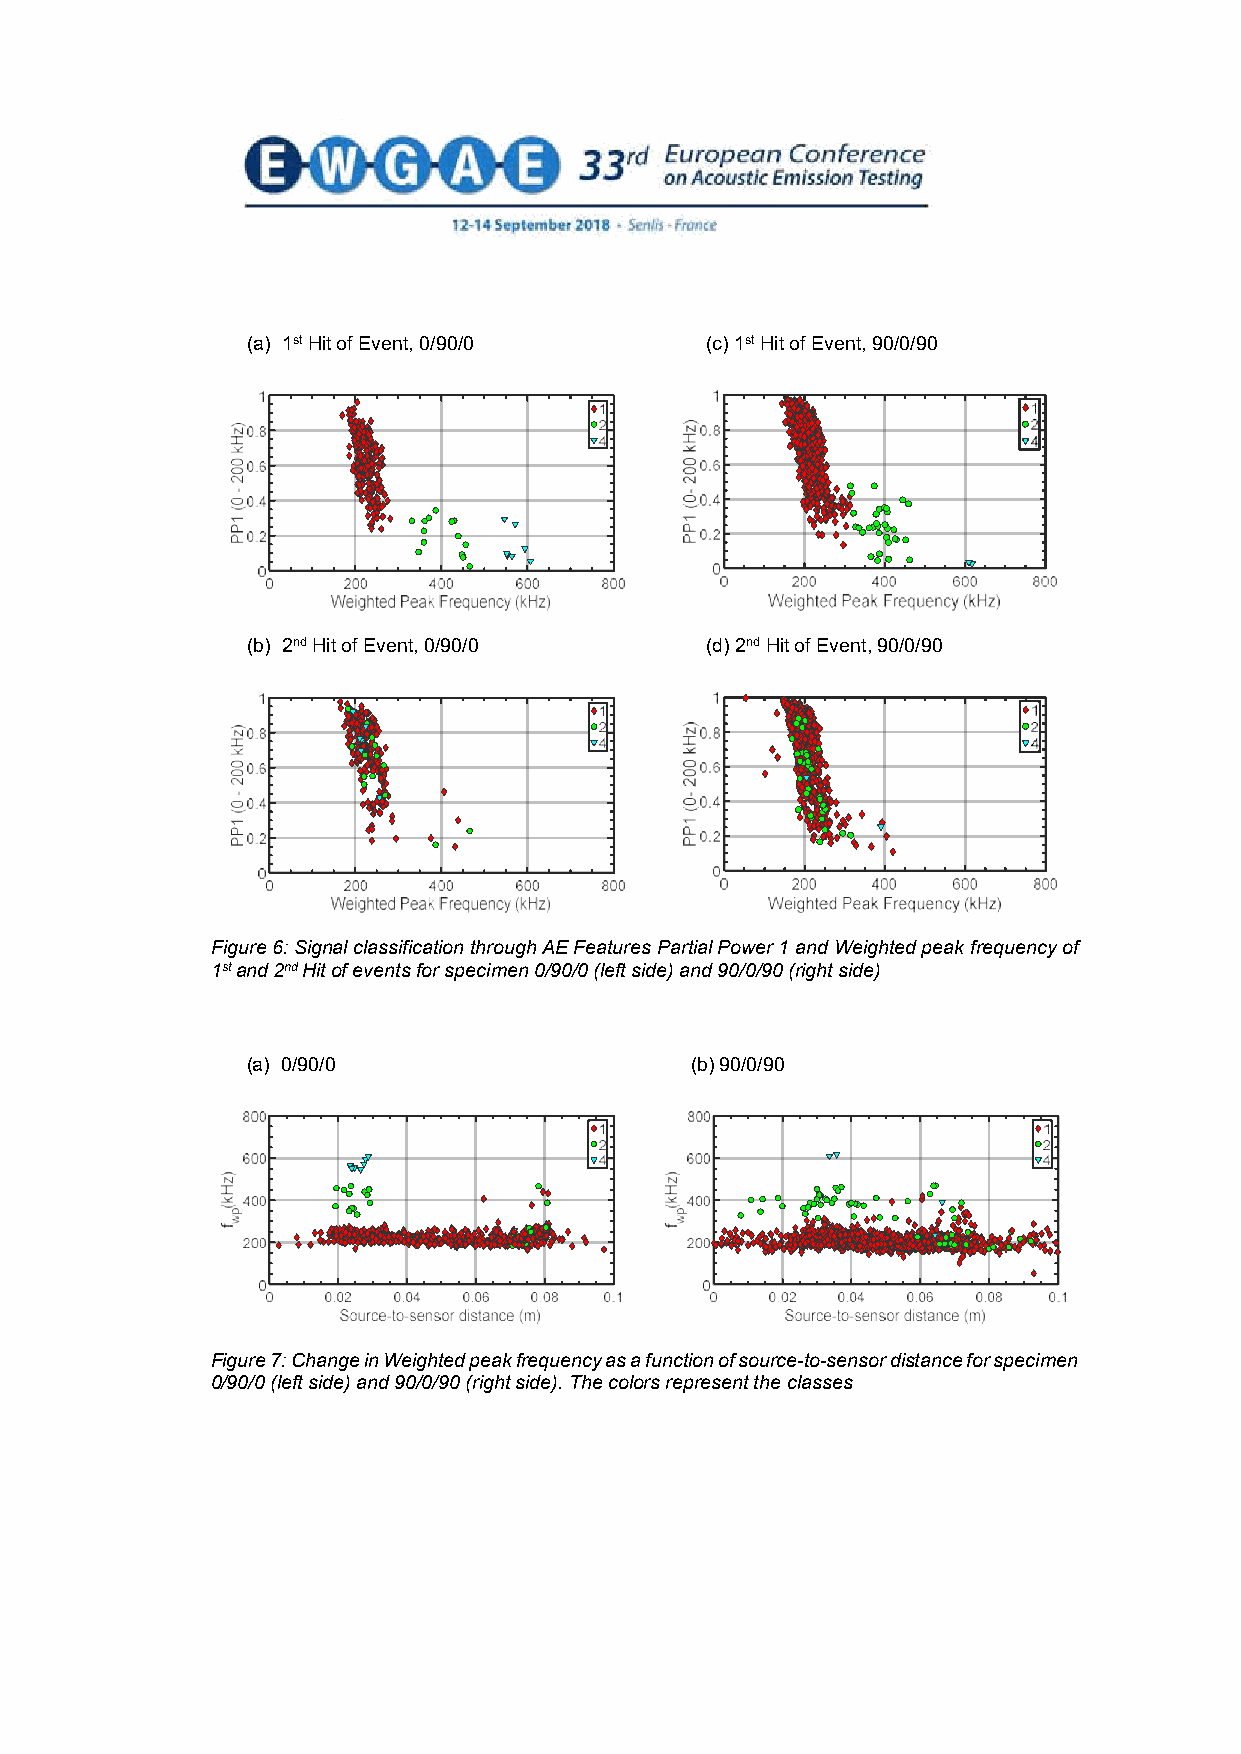
(a) 1st Hit of Event, 0/90/0   (c) 1st Hit of Event, 90/0/90
 (b) 2nd Hit of Event, 0/90/0   (d) 2nd Hit of Event, 90/0/90
 Figure 6: Signal classification through AE Features Partial Power 1 and Weighted peak frequency of
 1st and 2nd Hit of events for specimen 0/90/0 (left side) and 90/0/90 (right side)
 (a) 0/90/0                    (b) 90/0/90
 Figure 7: Change in Weighted peak frequency as a function of source-to-sensor distance for specimen
 0/90/0 (left side) and 90/0/90 (right side). The colors represent the classes
 8